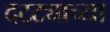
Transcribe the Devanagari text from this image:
दट्ट्याच्या